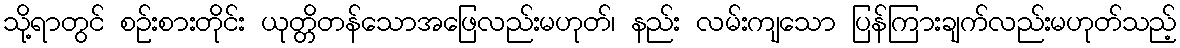
သို့ရာတွင် စဉ်းစားတိုင်း ယုတ္တိတန်သောအဖြေလည်းမဟုတ်၊ နည်း လမ်းကျသော ပြန်ကြားချက်လည်းမဟုတ်သည့်